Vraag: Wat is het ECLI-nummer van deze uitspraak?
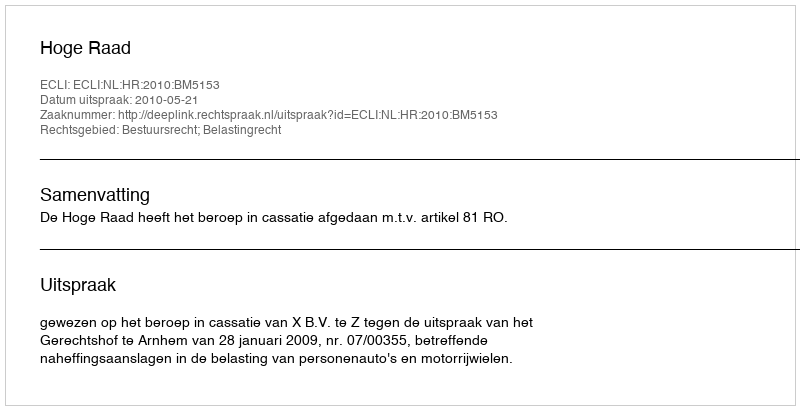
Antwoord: ECLI:NL:HR:2010:BM5153